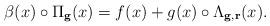
LaTeX: \begin{align*}\beta(x)\circ \Pi_\mathbf{g}(x) = f(x)+ g(x)\circ \Lambda_{\bf g,r}(x) .\end{align*}